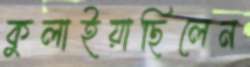
কুলাইয়াছিলেন